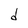
Character: d